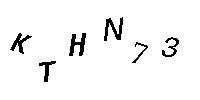
KTHN73